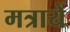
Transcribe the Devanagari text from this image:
मत्रायें